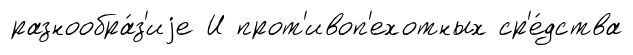
разнообра́з'иjе И прот'ивоп'ехотных ср'е́дства